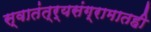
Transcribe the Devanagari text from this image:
स्वातंत्र्यसंग्रामातही